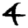
Digit: 4